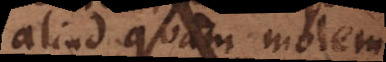
aliud quam molem